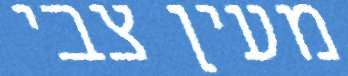
מעין צבי